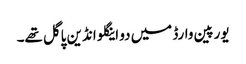
یورپین وارڈ میں دو اینگلو انڈین پاگل تھے۔